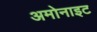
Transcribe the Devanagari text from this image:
अमोनाइट